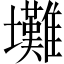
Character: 𡔃